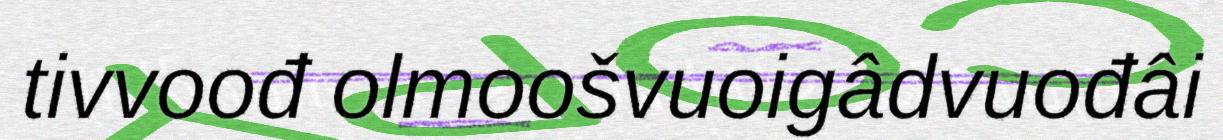
tivvoođ olmoošvuoigâdvuođâi